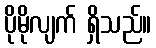
ပိုမိုလျက် ရှိသည်။